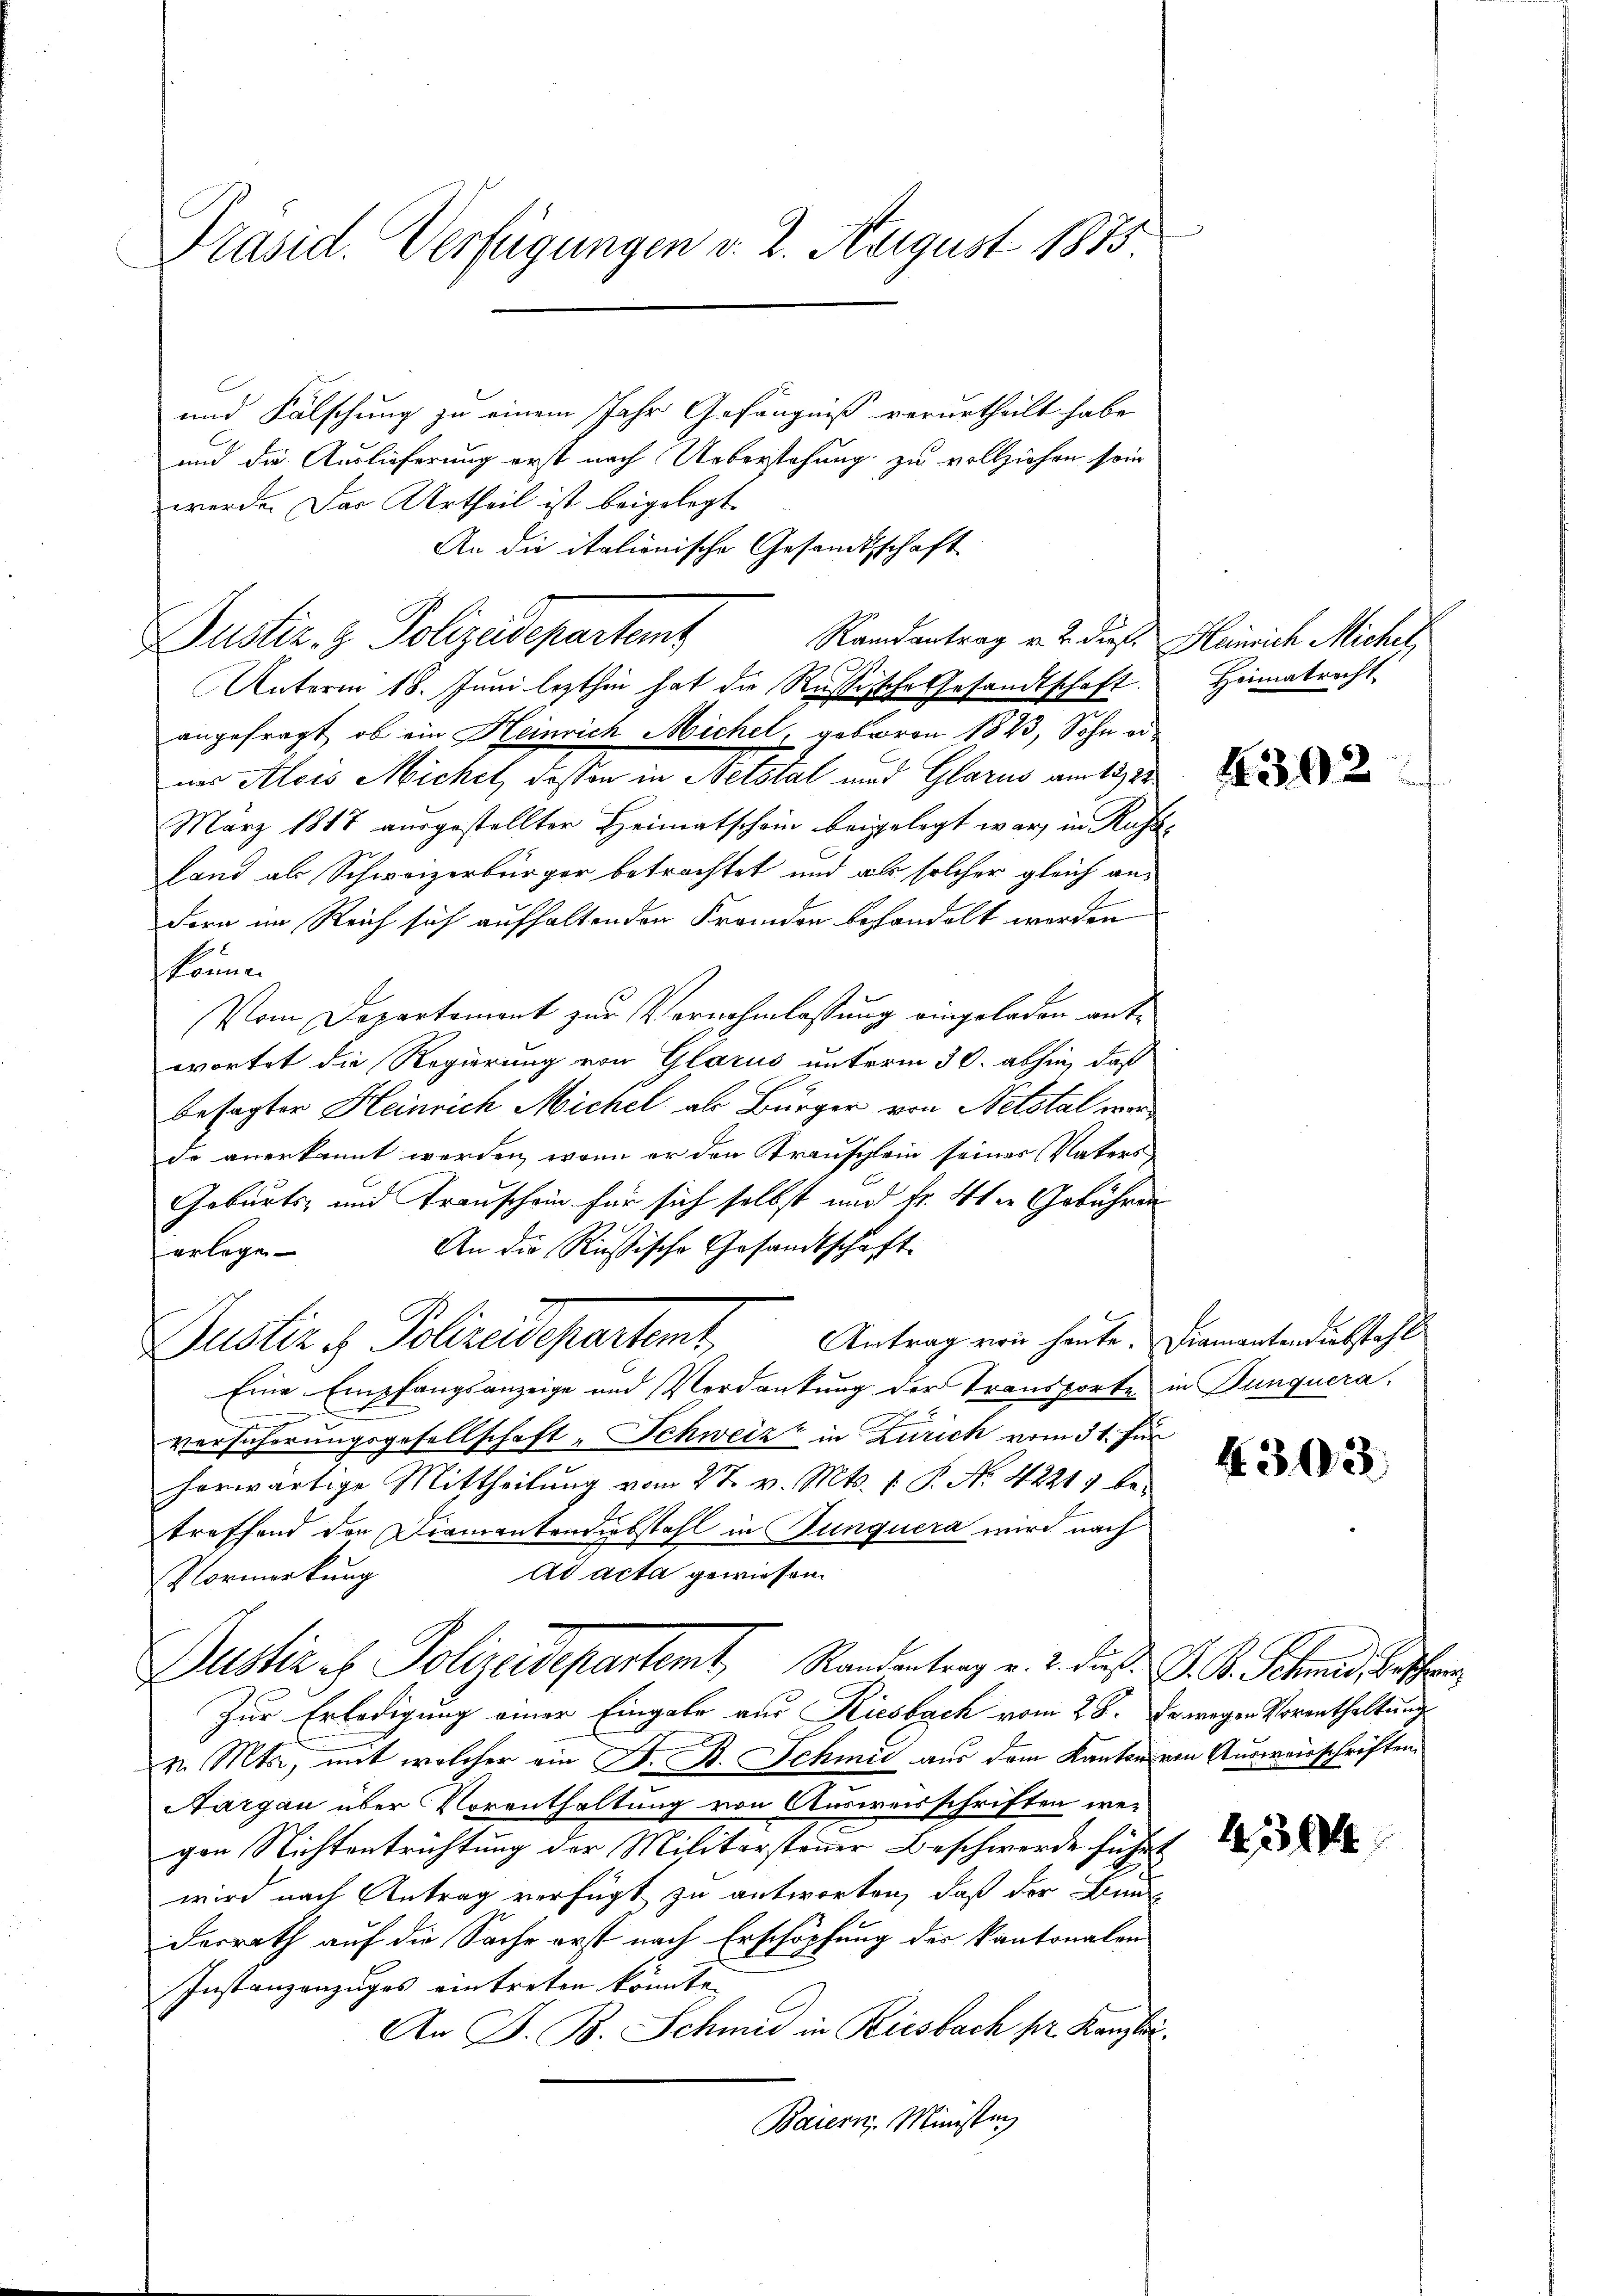
Präsid. Verfügungen v. 2. August 1873.

und Fälschung zu einem Jahr Gefängniß verurtheilt habe
und die Auslieferung erst nach Ueberstehung zu vollziehen sein
werde. Das Urtheil ist beigelegt.
An die italionische Gesamtsschaft
Dustiz- & Polizeidepartent
Unterm 18. Juni lezthin hat die Russische Gesandtschaft.
angefragt, ob ein Heinrich Michel, geboren 1873, Sohn od
ner Alois Michel, dessen in Netstal und Glarus am 13. 25
März 1817 ausgestellter Heimatschein beigelegt war, in Russe
land als Schweizerbürger betrachtet und als solcher gleich andern im Reich sich aufhaltenden Fremden behandelt werden
können
Vom Departement zur Vernehmlassung eingeladen antwortet die Regierung von Glarus unterm 30. abhin, daß
besagter Heinrich Michel als Bürger von Netstal werde anerkannt werden, wenn er den Krauschlein seines Vaters
Geburts- und Transchein für sich selbst und Fr. 4ten Gebühren
An die Rußische Gesandtschaft.
erlegen
Justiz & Polizeidepartemt Antrag von heute. Diementendiebstahl
Eine Empfangsanzeige und Verdankung der Transporte in Dunquera.
versicherungsgesellschaft „Schweiz in Zürich vom 31. Für
herwärtige Mittheilung vom 27. v. Mts. 1. P. No. 42213 betreffend den Diamantendiebstahl in Bunquera wird nach
Ad acta gewiesen.
Vormerkung
Justiz es Polizeidepartemt, Standentrag v. 2. das P. R. Schmid beschen
Zur Erledigung einer Eingabe aus Riesbach vom 28. De wegen Vorenthaltung
v. Mts., mit welcher ein D. B. Schmid aus dem Kanton von Ausweisschriften
Aargau über Vorenthaltung von Ausweisschriften wegen Nichtentrichtung der Militärsteuer Beschwerde führt
wird nach Antrag verfügt zu antworten, daß der Bunderrath auf die Sache erst nach Erschöpfung der kantonalen
Instanzenzuges eintreten könnte.
An J. B. Schmid in Riesbach pr. Kanzlei.
Baiern, Ministen

Randantrag v. 2. dies. Heinrich Michel,

Heimatrecht

4302

4303.

430